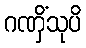
ဂဏှိံသုပိ